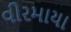
વીરમાયા